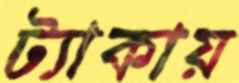
ট্যাকায়